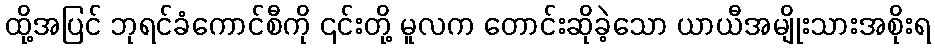
ထို့အပြင် ဘုရင်ခံကောင်စီကို ၎င်းတို့ မူလက တောင်းဆိုခဲ့သော ယာယီအမျိုးသားအစိုးရ